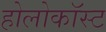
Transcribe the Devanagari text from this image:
होलोकॉस्‍ट